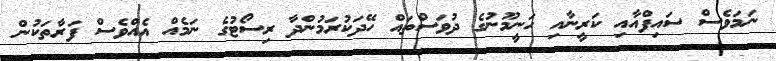
ނަމަވެސް ސައިފްއާއި ކަރީނާއި ހަނީމޫނުގެ ދުވަސްތައް ހޭދަކުރަމުންދާ ރިސޯޓުގެ ނަމެއް އެއްވެސް ފަރާތަކުން